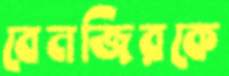
বেনজিরকে